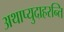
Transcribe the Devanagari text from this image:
अथाप्युदाहरन्ति